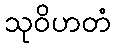
သုဝိဟတံ